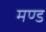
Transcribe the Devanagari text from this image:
मण्ड